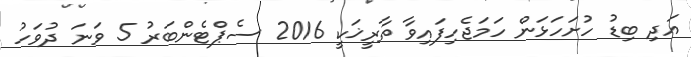
އަދި ބިޑު ހުށަހަޅަން ހަމަޖެހިފައިވާ ތާރީޚަކީ 2016 ސެޕްޓެންބަރު 5 ވަނަ ދުވަހު